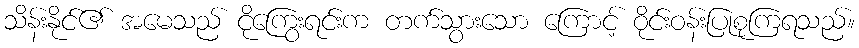
သိန်းနိုင်၏ အမေသည် ငိုကြွေးရင်းက တက်သွားသော ကြောင့် ဝိုင်းဝန်းပြုစုကြရသည်။